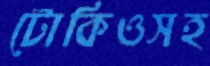
টোকিওসহ